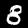
Label: 8